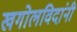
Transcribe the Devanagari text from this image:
खगोलविदांनी